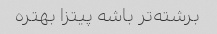
برشته‌تر باشه پیتزا بهتره